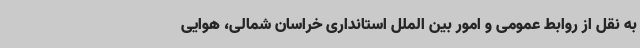
به نقل از روابط عمومی و امور بین الملل استانداری خراسان شمالی، هوایی